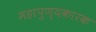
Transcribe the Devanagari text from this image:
महापुण्यकारक